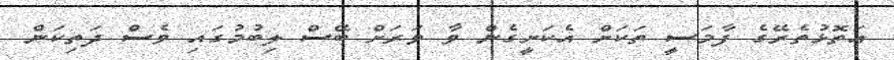
އަތޮޅުތެރޭގެ ފާމަސީ ތަކަށް އެކަށީގެން ވާ ވަރަށް ބޭސް ލިބުމުގައި ވެސް ދަތިކަން